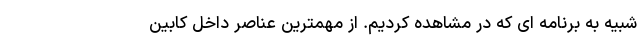
شبیه به برنامه ای که در مشاهده کردیم. از مهمترین عناصر داخل کابین